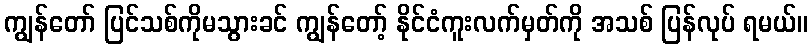
ကျွန်တော် ပြင်သစ်ကိုမသွားခင် ကျွန်တော့် နိုင်ငံကူးလက်မှတ်ကို အသစ် ပြန်လုပ် ရမယ်။